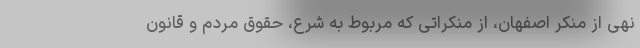
نهی از منکر اصفهان، از منکراتی که مربوط به شرع، حقوق مردم و قانون